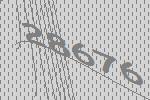
28676